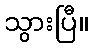
သွားပြီ။